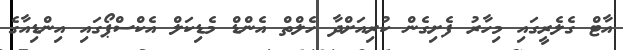
އާޓް ގެލެރީގައި މިހާރު ފެށިގެން ކުރިއަށްދާ ހެލްތް އެންޑް މެޑިކަލް އެކްސްޕޯގައި އިންޑިއާގެ